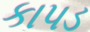
કાપડ